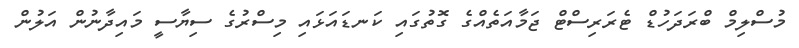
މުސްލިމް ބްރަދަހުޑް ޓެރަރިސްޓް ޖަމާއަތެއްގެ ގޮތުގައި ކަނޑައަޅައި މިސްރުގެ ސިޔާސީ މައިދާނުން އަލުން